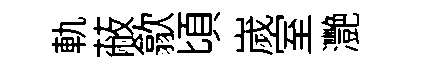
軌蔽歙頃嵗室灧